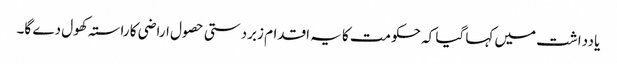
یادداشت میں کہا گیا کہ حکومت کا یہ اقدام زبردستی حصول اراضی کا راستہ کھول دے گا۔